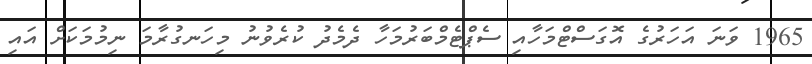
1965 ވަނަ އަހަރުގެ އޮގަސްޓްމަހާއި ސެޕްޓެމްބަރުމަހާ ދެމެދު ކުރެވުނު މިހަނގުރާމަ ނިމުމަކަށް އައި